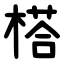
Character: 榙